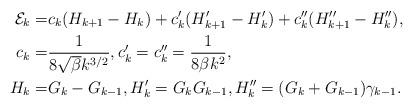
LaTeX: \begin{align*} \mathcal{E}_k =&c_k (H_{k+1}-H_{k})+c'_k ( H'_{k+1}-H'_k) +c''_k (H''_{k+1} - H''_{k}), \qquad \\c_{k} =&\frac{1 }{8\sqrt{\beta}k^{3/2}},c'_{k}=c''_k =\frac{1 }{8\beta k^2}, \\H_{k}=& G_{k}-G_{k-1},H'_k = G_{k}G_{k-1},H''_{k}=(G_k+G_{k-1})\gamma_{k-1}.\end{align*}